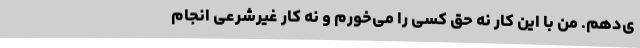
ی‌دهم. من با این کار نه حق کسی را می‌خورم و نه کار غیرشرعی انجام